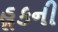
હૂકની